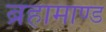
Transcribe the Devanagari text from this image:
ब्रहामाण्ड